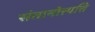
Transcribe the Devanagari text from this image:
संतानोत्त्पत्ति